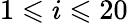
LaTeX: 1\leqslant i\leqslant 20